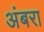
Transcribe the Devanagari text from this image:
अंबरा